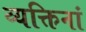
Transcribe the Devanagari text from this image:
व्यक्तिनां